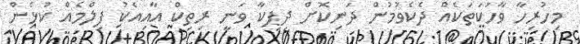
މިހުރިހާ ވާހަކަތަކެއް ދެކެވުމުން ދަނިކޮށް ދިޕިކާ ވަނީ ރިތިކް އާއިއެކު ފިލްމެއް ކުޅެން